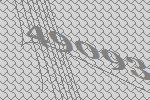
49093